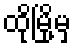
ထိုမြို့မှ